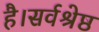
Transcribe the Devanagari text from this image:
है।सर्वश्रेष्ठ